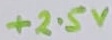
Text: +2.5V